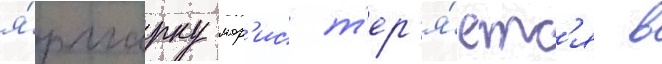
я́рмарку мор'ис т'ер'я́етс'я в